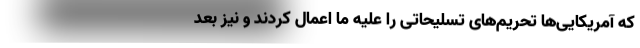
که آمریکایی‌ها تحریم‌های تسلیحاتی را علیه ما اعمال کردند و نیز بعد